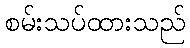
စမ်းသပ်ထားသည်